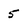
Character: 5